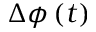
\Delta \phi \left( t \right)